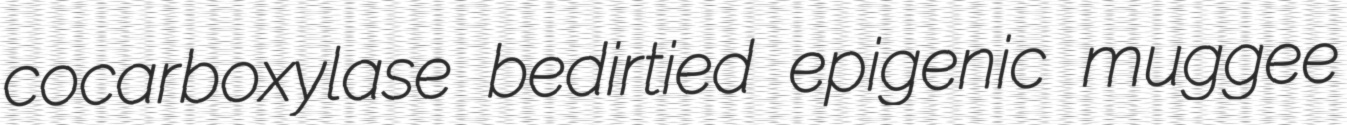
cocarboxylase bedirtied epigenic muggee